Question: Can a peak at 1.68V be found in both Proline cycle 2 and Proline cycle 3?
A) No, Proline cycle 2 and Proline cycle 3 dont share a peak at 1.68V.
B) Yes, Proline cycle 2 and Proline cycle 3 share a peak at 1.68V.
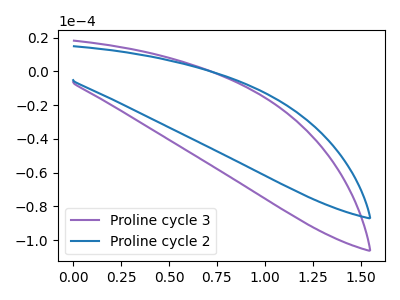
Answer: <think>The purple curve "Proline cycle 3" has no peaks. The blue curve "Proline cycle 2" has no peaks.</think>
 <answer>A) No, "Proline cycle 2" and "Proline cycle 3" dont share a peak at 1.68V.</answer>
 <eval>A</eval>